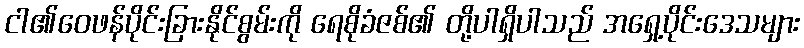
ငါ၏ဝေဖန်ပိုင်းခြားနိုင်စွမ်းကို ရေစိုခံဇစ်၏ တို့ပါရှိပါသည် အရှေ့ပိုင်းဒေသများ